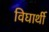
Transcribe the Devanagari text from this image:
विघार्थी